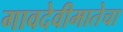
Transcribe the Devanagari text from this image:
गावदेवीमातेचा